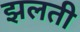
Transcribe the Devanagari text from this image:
झलती